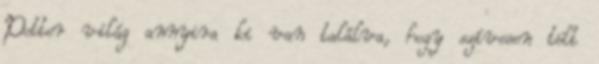
Potter világ annyira ki van találva, hogy szívesen tölt